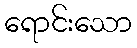
ရောင်းသော